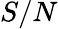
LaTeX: S/N